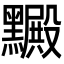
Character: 𪒮